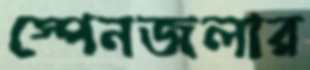
স্পেনজলার